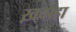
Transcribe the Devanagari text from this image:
ख़्वाहा